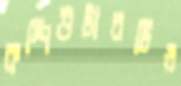
কম্পিউটারটিও